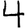
Digit: 4